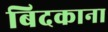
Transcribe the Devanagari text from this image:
बिदकाना